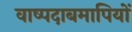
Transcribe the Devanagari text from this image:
वाष्पदाबमापियों